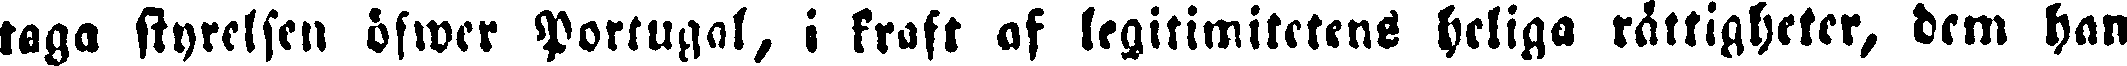
taga styrelsen öfwer Portugal, i kraft af legitimitetens heliga rättigheter, dem han